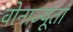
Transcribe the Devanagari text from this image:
वोनाज्यूतां